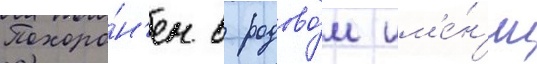
Похоро́н'ен в родово́м им'е́н'ии